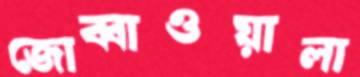
জোব্বাওয়ালা